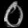
Digit: ၀